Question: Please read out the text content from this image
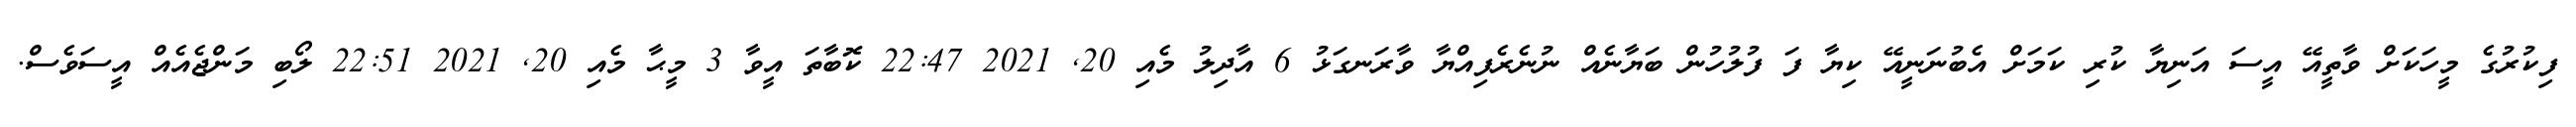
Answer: ފިކުރުގެ މީހަކަށް ވާތީއޭ އީސަ އަނިޔާ ކުރި ކަމަށް އެބުނަނީއޭ ކިޔާ ފަ ފުލުހުން ބަޔާނެއް ނުނެރެފިއްޔާ ވާރަނގަޅު 6 އާދިލު މެއި 20, 2021 22:47 ކޮބާތަ އީވާ 3 މީޙާ މެއި 20, 2021 22:51 ލޯބި މަންޖެއެއް އީސަވެސް.